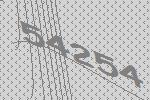
54254